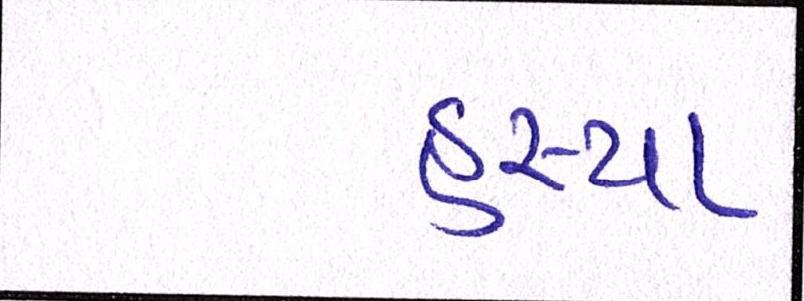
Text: હસ્યા